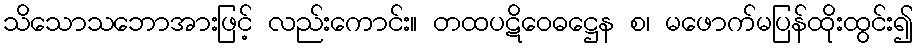
သိသောသဘောအားဖြင့် လည်းကောင်း။ တထပဋိဝေဓဋ္ဌေန စ၊ မဖောက်မပြန်ထိုးထွင်း၍